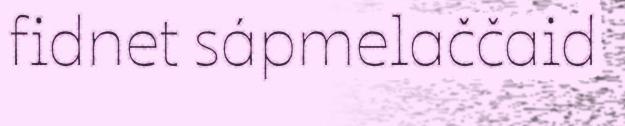
fidnet sápmelaččaid